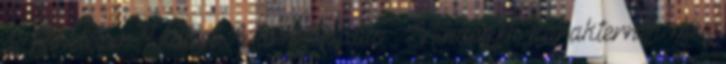
a Hihetetlen Hulkot Mark Rufallo . Mindegyik karakternek meg